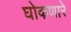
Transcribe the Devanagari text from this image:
घोकणारे